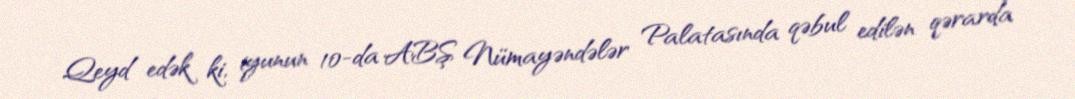
Qeyd edək ki, iyunun 10-da ABŞ Nümayəndələr Palatasında qəbul edilən qərarda